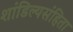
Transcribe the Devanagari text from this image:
शांडिल्यसंहिता